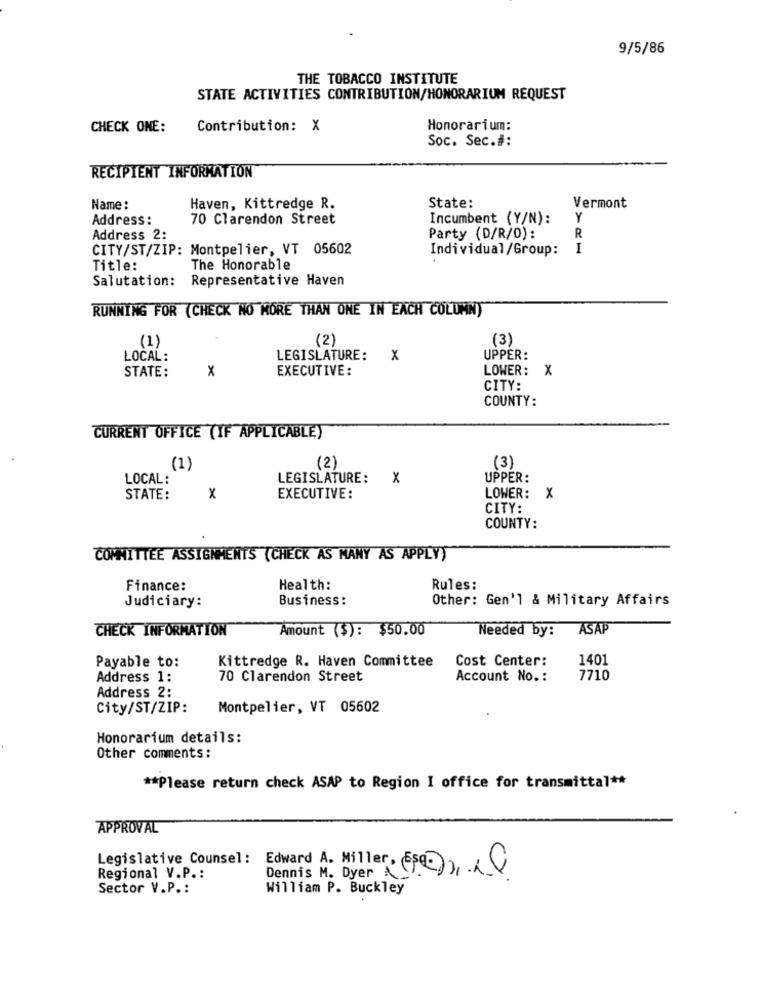
9/5/86
THE TOBACCO INSTITUTE
STATE ACTIVITIES CONTRIBUTION/HONORARIUM REQUEST
CHECK ONE:
Contribution: X
Honorarium:
Soc. Sec.#:
RECIPIENT INFORMATION
Name :
Haven, Kittredge R.
State:
Vermont
Address :
70 Clarendon Street
Incumbent (Y/N):
Y
R
Address 2:
Party (D/R/O):
CITY/ST/ZIP: Montpelier, VT 05602
Individual/Group: I
Title:
The Honorable
Salutation:
Representative Haven
RUNNING FOR (CHECK NO MORE THAN ONE IN EACH COLUMN)
(2)
(3)
(1)
LOCAL:
LEGISLATURE:
x
UPPER:
STATE:
X
EXECUTIVE:
LOWER: X
CITY:
COUNTY:
CURRENT OFFICE (IF APPLICABLE)
(3)
(1)
(2)
LOCAL:
LEGISLATURE:
x
UPPER:
STATE:
x
EXECUTIVE:
LOWER: X
CITY:
COUNTY:
COMMITTEE ASSIGNMENTS (CHECK AS MANY AS APPLY)
Finance:
Health:
Rules:
Judiciary:
Business:
Other: Gen'l & Military Affairs
CHECK INFORMATION
Amount ($): $50.00
Needed by:
ASAP
Kittredge R. Haven Committee
Cost Center:
1401
Payable to:
Address 1:
70 Clarendon Street
Account No. :
7710
Address 2:
City/ST/ZIP:
Montpelier, VT 05602
Honorarium details:
Other comments:
** Please return check ASAP to Region I office for transmittal **
APPROVAL
Legislative Counsel: Edward A. Miller . Es
Dennis M. Dyer (R), LO
Regional V.P .:
Sector V.P .:
William P. Buckley